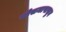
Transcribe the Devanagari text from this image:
मोसमापासुन